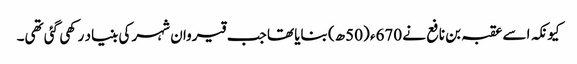
کیونکہ اسے عقبہ بن نافع نے 670ء (50ھ) بنایا تھا جب قیروان شہر کی بنیاد رکھی گئی تھی۔